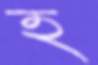
হ